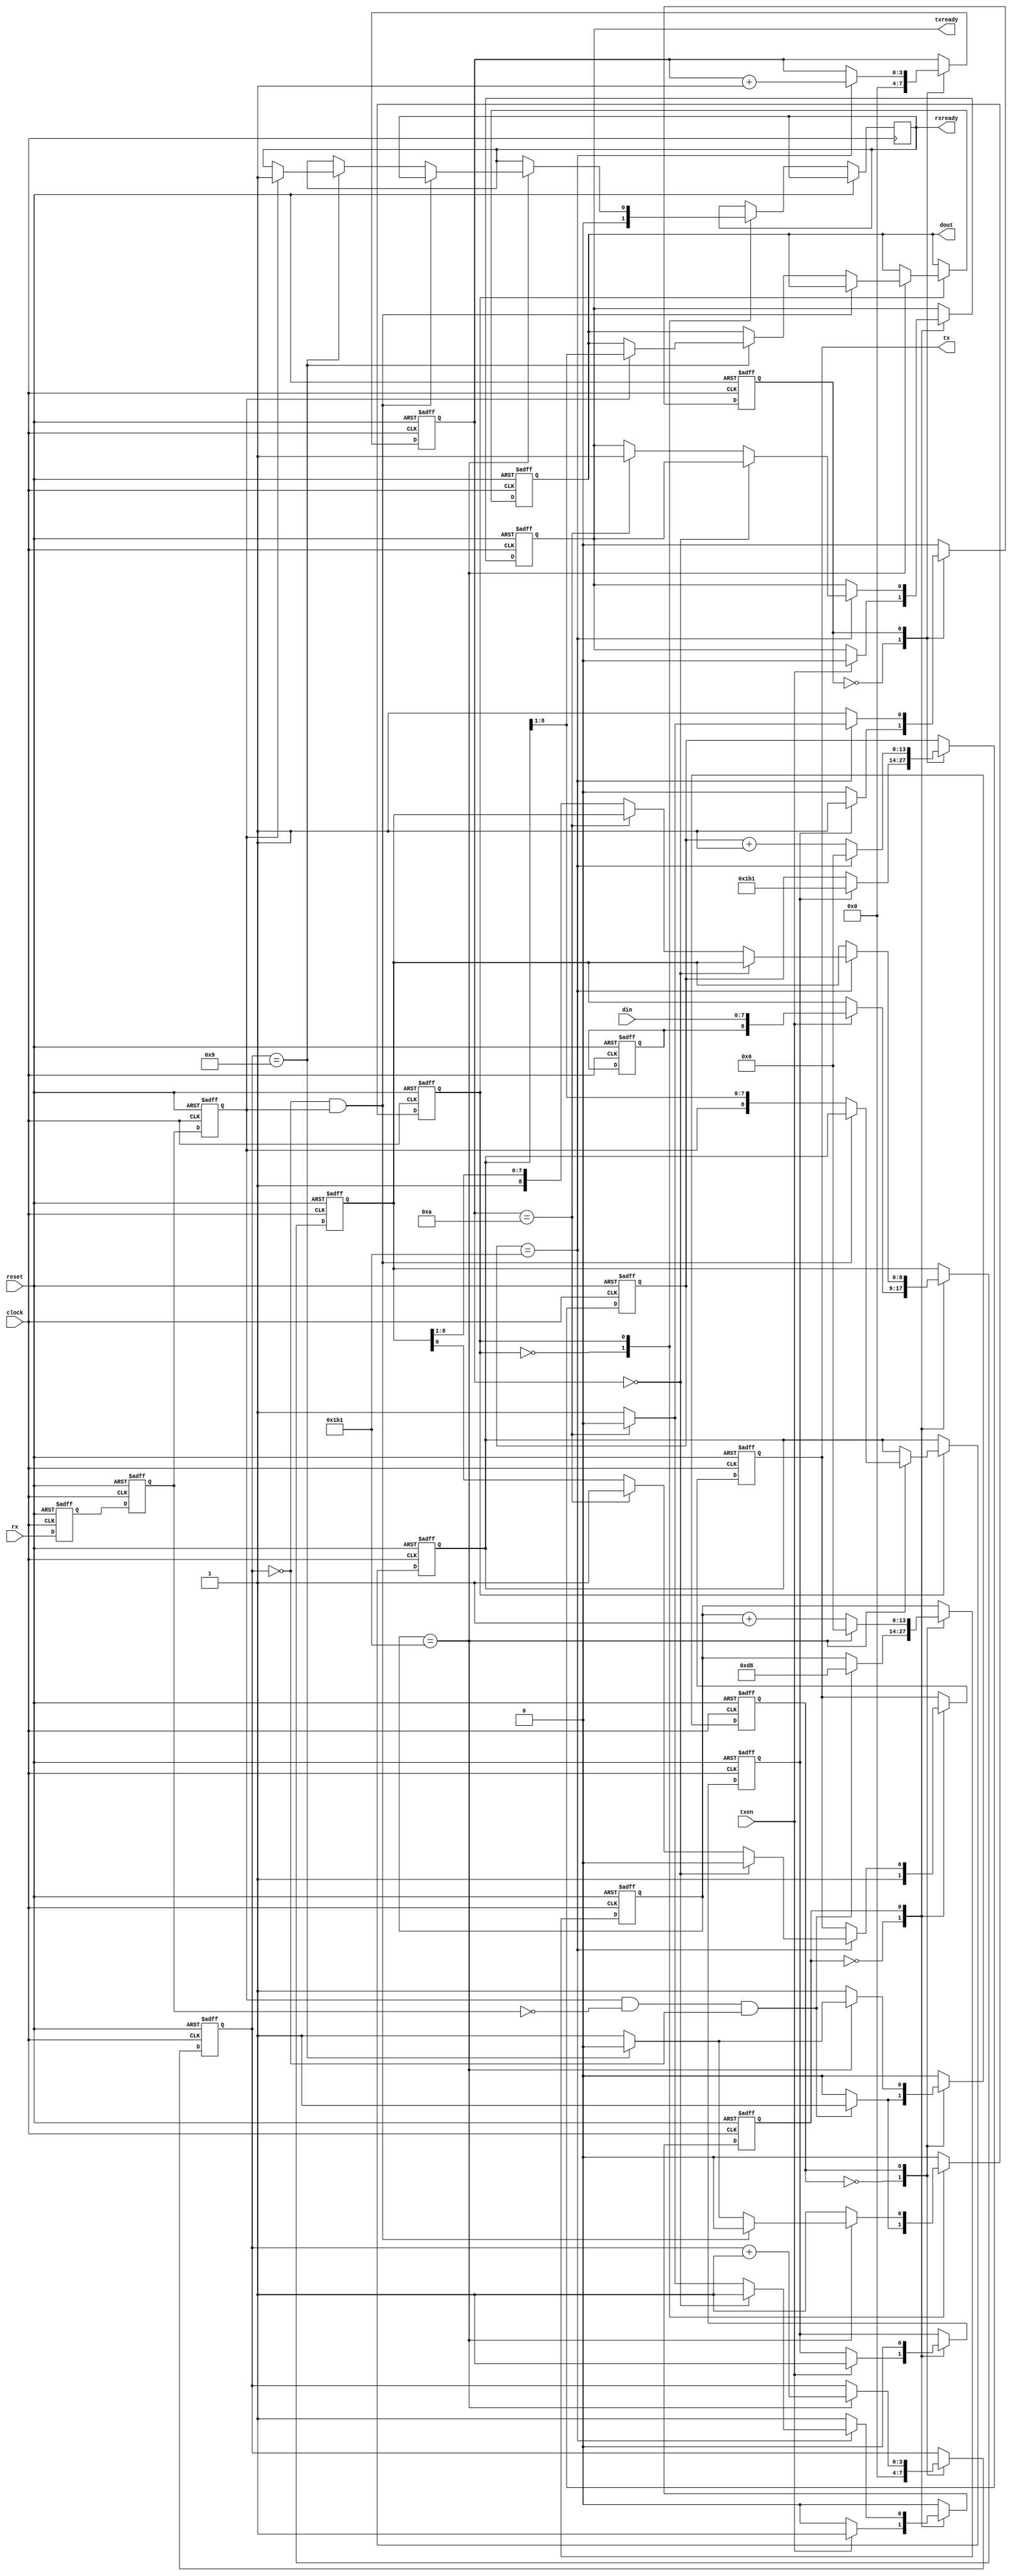
//-------------------------------------------------------------------------------
//  FEUP / MIEEC - Digital Systems Design 2018/2019
//
//  Synthesizable model of a simple UART 
//    - programmable clock frequency
//    - TX/RX baudrate
//    - fixed data configuration: 1 start bit, 8 data bits, 1 stop bit, no parity
//  
//  MIEEC - jca@fe.up.pt
//
//-------------------------------------------------------------------------------

`timescale 1ns/100ps

module uart ( 
                clock,  // master clock
                reset,  // master reset, assynchronous, active high
                tx,     // output: tx data
                rx,     // input: rx data
                txen,   // input, active high: load data into transmit buffer and initiate a transmission, active high
                txready,// output, active high: ready to receive a new byte to tx
                rxready,// output, active high: data is ready at dout port
                dout,   // data out (received data)
                din     // data in (data to transmit)
              );

input        clock, reset, txen;
input        rx;
output       tx;
output       txready, rxready;

input  [7:0] din;
output [7:0] dout;

//---------------------------------------------------------------------------------
// Configure the UART
parameter CLOCK_FREQUENCY       = 50_000_000,  // master clock frequency, Hz
          TX_BAUD_RATE          = 115_200,     // transmit baudrate
		  RX_BAUD_RATE          = 115_200,     // receive baudrate
		  BAUD_TX_COUNT         = (CLOCK_FREQUENCY / TX_BAUD_RATE ) - 1,
		  BAUD_RX_COUNT         = (CLOCK_FREQUENCY / RX_BAUD_RATE ) - 1,
		  NBITS_TX_COUNT        = 14,  // Number of bits required for BAUD_TX_COUNT
		  NBITS_RX_COUNT        = 14;  // The same for RX count
//---------------------------------------------------------------------------------

// output registers:
reg           txready, rxready;
reg     [7:0] dout;
reg           tx;

// state register for clock generator FSM:
reg           staterxbc, 
              statetxbc;
              
reg    [NBITS_RX_COUNT-1:0] baudrxcount, baudrxcount2;
reg    [ 3:0] bitrxcount;
reg    [NBITS_TX_COUNT-1:0] baudtxcount;
reg    [ 3:0] bittxcount;
reg           rx1, rx2, rx3;

// TX / RX shift registers:
reg    [8:0]  rxdata, txdata;

// State register for TX/RX serializer/deserializer
reg           staterx,
              statetx;
			  
// baud clock enable pulses:
wire          baudrxclock;
wire          baudtxclock;
wire          startrxbit;
reg           starttxbit;

// Auxiliary flipflop to hold the stopbit:
reg           r_stopbit;



// State encoding for TX and RX clock divider FSMs:
parameter IDLE       = 1'b0,
          CNT10P     = 1'b1;

// State encoding for receive FSM
parameter IDLERX     = 1'b0,
          RXDATA     = 1'b1;

// State encoding for transmit FSM
parameter IDLETX     = 1'b0,
          TXDATA     = 1'b1;

		 

//-------------------------------------------------------------------------------
// these are the baudrate clock enable that synchronize the sampling of rx and tx data
assign baudrxclock = (baudrxcount == BAUD_RX_COUNT);
assign baudtxclock = (baudtxcount == BAUD_TX_COUNT);



//-------------------------------------------------------------------------------
// Clock divider: 
// Generates the tx/rx baudrate
always @(posedge clock or posedge reset)
begin
  if ( reset )
  begin
    baudrxcount2 <= 0;
  end
  else
  begin
    if ( baudrxcount2 == ( BAUD_RX_COUNT / 2 ) )
	  baudrxcount2 <= 0;
	else
	  baudrxcount2 <= baudrxcount2 + 1;
  end
end


//-------------------------------------------------------------------------------
// FSM: clock generator for rx baudrate
// when startrxbit is asserted, initiate a baudrate clock 
always @(posedge clock or posedge reset)
begin
  if ( reset )
  begin
    baudrxcount <= 0;
    bitrxcount <= 0;
    staterxbc <= IDLE;
  end
  else
  begin
    case ( staterxbc )
      IDLE :        begin
                      bitrxcount <= 0;
                      if ( startrxbit )
                      begin
                        baudrxcount <= BAUD_RX_COUNT / 2; // half bit period
                        staterxbc <= CNT10P;
                      end
                      else
                      begin
                        staterxbc <= IDLE; // wait for startbit
                      end
                    end
                    
      CNT10P:       begin
                      if ( baudrxclock )
                      begin
                        if ( bitrxcount == 9 )
                        begin
                          staterxbc <= IDLE; // counts the 10th bit and stops
                        end
                        else
                        begin
                          staterxbc <= CNT10P;
                        end
                        
                        bitrxcount <= bitrxcount + 1; // counts bits up to 10
                        baudrxcount <= 0;
                      end
                      else
                        baudrxcount <= baudrxcount + 1; // increment baudrate counter
                    end
    endcase
  end
end

//-------------------------------------------------------------------------------
// FSM: clock generator for tx baudrate
// when starttxbit is asserted, initiate a baudrate clock 
always @(posedge clock or posedge reset)
begin
  if ( reset )
  begin
    baudtxcount <= 0;
    bittxcount <= 0;
    statetxbc <= IDLE;
  end
  else
  begin
    case ( statetxbc )
      IDLE :        begin
                      bittxcount <= 0;
                      if ( starttxbit )
                      begin
                        baudtxcount <= BAUD_TX_COUNT ; // half period for 115200 baud
                        statetxbc <= CNT10P;
                      end
                      else
                      begin
                        statetxbc <= IDLE; // wait for startbit
                      end
                    end
                    
      CNT10P:       begin
                      if ( baudtxclock )
                      begin
                        if ( bittxcount == 10 )
                        begin
                          statetxbc <= IDLE; // counts the 10th bit and stops
                        end
                        else
                        begin
                          statetxbc <= CNT10P;
                        end
                        
                        bittxcount <= bittxcount + 1; // counts bits up to 10
                        baudtxcount <= 0;
                      end
                      else
                        baudtxcount <= baudtxcount + 1; // increment baudrate counter
                    end
    endcase
  end
end


//-------------------------------------------------------------------------------
// Shift-register:
// three stage synchonizer for rx input signal
always @(posedge clock or posedge reset)
begin
  if ( reset )
  begin
    rx1 <= 0;
    rx2 <= 0;
    rx3 <= 0;
  end
  else
  begin
    rx1 <= rx;
    rx2 <= rx1;
    rx3 <= rx2;
  end
end


//-------------------------------------------------------------------------------
// generate the startbit signal (one clock period pulse) when the rx input changes from 1 to 0:
assign startrxbit = ( rx3 & ~rx2 ) & (bitrxcount == 0);


//-------------------------------------------------------------------------------
// Receive FSM:
// input data shift-register (deserializer)
always @(posedge clock or posedge reset)
begin
  if ( reset )
  begin
    rxdata <= 0;
    staterx <= IDLERX;
    dout <= 0;
  end
  else
  begin
    case ( staterx )
      IDLERX:	begin // wait here for the start bit
                  rxready <= 0;
                  if ( startrxbit )
                    staterx <= RXDATA;
                  else
                    staterx <= IDLERX;
                end
                
      RXDATA:	begin
                  if ( baudrxclock ) // for each sampling point at baud clock
                  begin
                    if ( ( bitrxcount == 0 ) & (rx3 == 1'b1) ) // this was a false start bit, rx line is still high!
					begin
                      staterx <= IDLERX; // abort reception
					end
                    else
                    begin                       
                      rxdata <= {rx3, rxdata[8:1]}; // shift data in
                      if ( bitrxcount == 9 )  // this is the last bit, next bit should be the stop bit (logic one)
                      begin
                        if ( rx3 == 1'b0 ) // stop bit not detected, abort reception
						begin
                          staterx <= IDLERX;
						end
                        else
                        begin
                          dout <= rxdata[8:1];
                          rxready <= 1;
                          staterx <= IDLERX;
                        end
                      end
                    end
                  end
                end                
    endcase
  end
end


//-------------------------------------------------------------------------------
// Transmit FSM:
// output data shift-register (serializer)
always @(posedge clock or posedge reset)
begin
  if ( reset )
  begin
    txdata <= 0;
    statetx <= IDLETX;
    starttxbit <= 0;
    txready <= 1;
    tx <= 1'b1;
	r_stopbit <= 1'b1;
  end
  else
  begin
    case ( statetx )
      IDLETX:	begin // wait here for entx
                  tx <= 1'b1;
                  if ( txen )
                  begin
                    statetx <= TXDATA;
                    txdata <= {r_stopbit,din}; // concatenate 1 stop bit
                    txready <= 0;
                    starttxbit <= 1;
                  end
                  else
                    statetx <= IDLETX;
                end
                
      TXDATA:	begin
                  starttxbit <= 0;
                  if ( baudtxclock ) // for each sampling point at baud clock
                  begin
                    if ( bittxcount == 0 )
                      tx <= 1'b0; // startbit
                    else
                    begin                       
                      if ( bittxcount == 10 ) 
                      begin
                        tx <= 1'b1; // transmission complete, set tx line to high
                        txready <= 1;
                        statetx <= IDLETX;
                      end
                      else
                      begin
                        tx <= txdata[0]; // databits, starting with LSB
                        txdata <= {1'b1, txdata[8:1]}; // shift right, enter 1 at left
                      end
                    end
                  end
                end                
    endcase
  end
end



endmodule